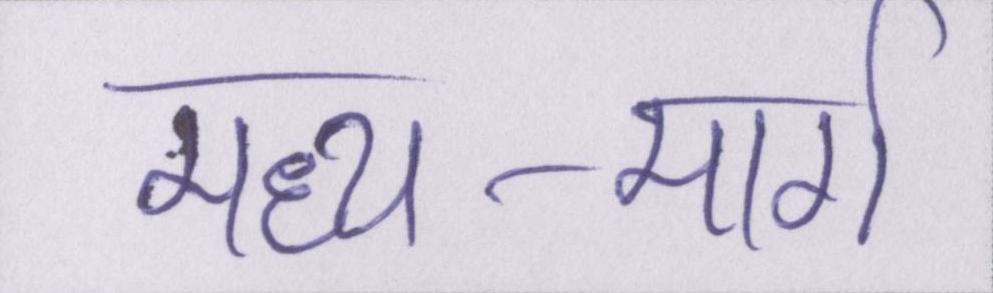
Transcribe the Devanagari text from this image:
मध्य-मार्ग